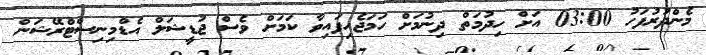
މެންދުރުފަހު 03:00 އަށް ހިދުމަތް ދިނުމަށް ހަމަޖެހިފައިވާ ކަމަށް ވެސް ޖުޑީޝަލް އެޑްމިނިސްޓްރޭޝަން